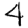
Digit: 4